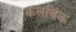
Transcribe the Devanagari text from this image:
कलविंक